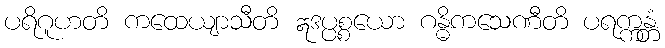
ပရိဂူဟတိ ကထေယျာသီတိ ဣဒပ္ပစ္စယော ဂန္ဓိကသေဏီတိ ပရက္ကန္တံ